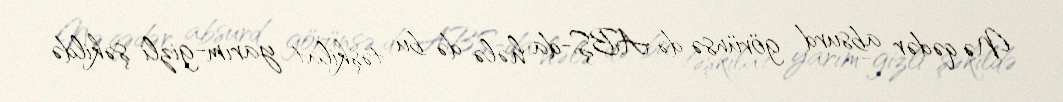
Nə qədər absurd görünsə də ABŞ-da hələ də bu təşkilat yarım-gizli şəkildə